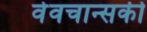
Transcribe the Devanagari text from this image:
वेवचान्सकी